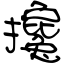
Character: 攙